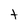
Character: t